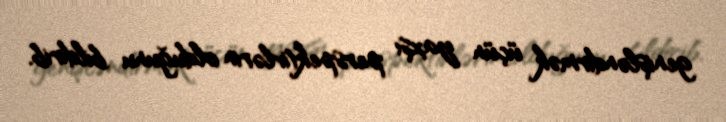
genişləndirmək üçün yaxşı perspektivlərin olduğunu bildirib.